Civil Veterinary Dept. Assam report 1911-1927 - 1911-1927
Year: 1911
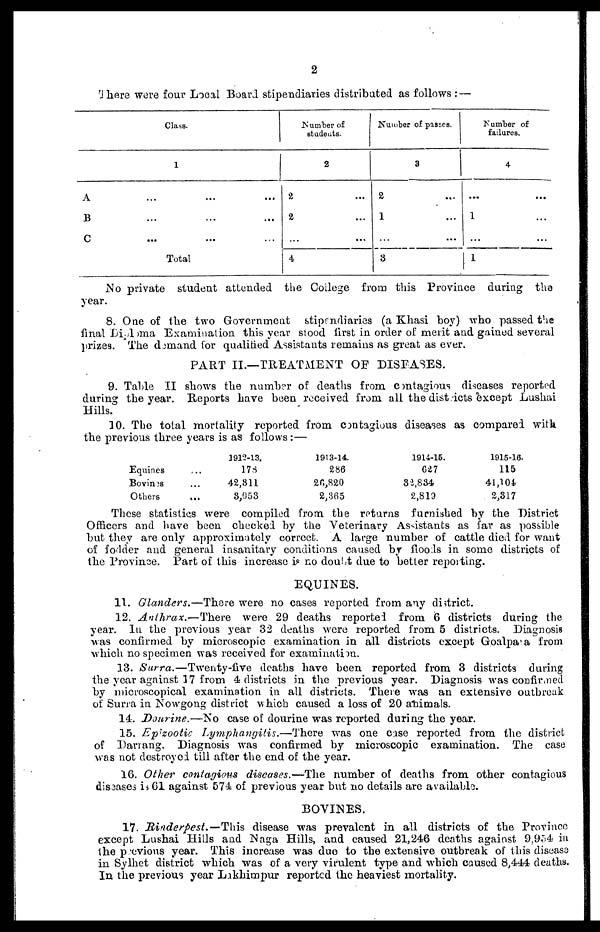
2
There were four Local Board stipendiaries distributed as follows : —
A
B
C
Class.
1
... ... ...
... ... ...
... ... ...
Total
Number of
students.
2
2 ...
2 ...
... ...
4
Number of passes.
3
2 ...
1 ...
... ...
3
Number of
failures.
4
... ...
1...
... ...
1
NO private student attended the College from this Province during the
year.
8. One of the two Government stipendiaries (a Khasi boy) who passed the
final Dipoloma Examination this year stood first in order of merit and gained several
prizes. The qualified for qualified Assistants remains as great as ever.
PART II.—TREATMENT OF DISEASES.
9. Table II shows the number of deaths from contagious diseases reported
during the year. Reports have been received from all the districts except Lushai
Hills.
10. The total mortality reported from contagious diseases as compared with
the previous three years is as follows :—
Equines
Bovines
Others
...
...
...
1912-13.
178
42,811
3,053
1913-14.
286
26,820
2,365
1914-15.
627
82,834
2,819
1915-16.
115
41,104
2,317
These statistics were compiled from the returns furnished by the District
Officers and have been checked by the Veterinary Assistants as far as possible
but they are only approximately correct. A large number of cattle died for want
of fodder and general insanitary conditions caused by floods in some districts of
the Province. Part of this increase is no doubt due to better reporting.
EQUINES.
11. Glanders.—There
were no cases reported from any district.
12. Anthrax.—There
were 29 deaths reported from 6 districts during the
year. In the previous year 32 deaths were reported from 5 districts. Diagnosis
was confirmed by microscopic examination in all districts except Goalpara from
which no specimen was received for examination.
13. Surra.—Twenty-five
deaths have been reported from 3 districts during
the year against 17 from 4 districts in the previous year. Diagnosis was confirmed
by microscopical examination in all districts. There was an extensive outbreak
of Surra in Nowgong district which caused a loss of 20 animals.
14. Dourine.—No
case of dourine was reported during the year.
15. Epizootic
Lymphangitis.—There
was one case reported from the district
of Darrang. Diagnosis was confirmed by microscopic examination. The case
was not destroyed till after the end of the year.
16. Other contagious diseases.—The
number of deaths from other contagious
diseases is 61 against 574 of previous year but no details are available.
BOVINES.
17. Rinderpest.—This
disease was prevalent in all districts of the Province
except Lushai Hills and Naga Hills, and caused 21,246 deaths against 9,954 in
the previous year. This increase was duo to the extensive outbreak of this disease
in Sylhet district which was of a very virulent type and which caused 8,444 deaths.
In the previous year Lakhimpur reported the heaviest mortality.